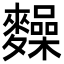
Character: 𪍽